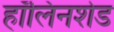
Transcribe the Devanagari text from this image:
हॉलिनशेड